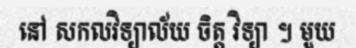
នៅ សកលវិទ្យាល័យ ចិត្ត វិទ្យា ។ មួយ